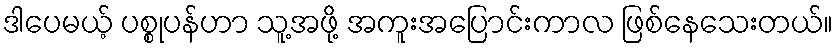
ဒါပေမယ့် ပစ္စုပန်ဟာ သူ့အဖို့ အကူးအပြောင်းကာလ ဖြစ်နေသေးတယ်။